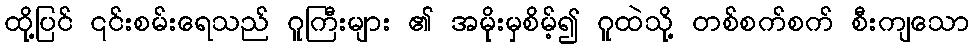
ထို့ပြင် ၎င်းစမ်းရေသည် ဂူကြီးများ ၏ အမိုးမှစိမ့်၍ ဂူထဲသို့ တစ်စက်စက် စီးကျသော